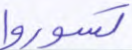
تسوروا